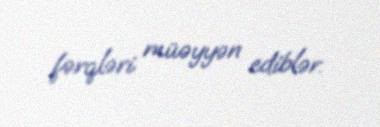
fərqləri müəyyən ediblər.